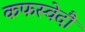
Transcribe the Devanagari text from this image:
कफस्वेदौ